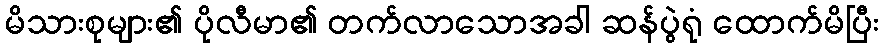
မိသားစုများ၏ ပိုလီမာ၏ တက်လာသောအခါ ဆန်ပွဲရုံ ထောက်မိပြီး